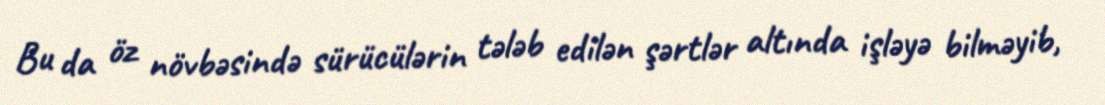
Bu da öz növbəsində sürücülərin tələb edilən şərtlər altında işləyə bilməyib,